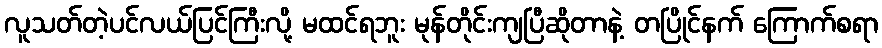
လူသတ်တဲ့ပင်လယ်ပြင်ကြီးလို့ မထင်ရဘူး မုန်တိုင်းကျပြီဆိုတာနဲ့ တပြိုင်နက် ကြောက်စရာ